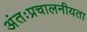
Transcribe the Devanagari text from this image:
अंतःप्रचालनीयता